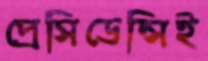
প্রেসিডেন্সিই